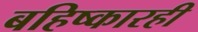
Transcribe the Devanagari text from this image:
बहिष्कारही